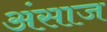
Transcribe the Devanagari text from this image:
अंसाज